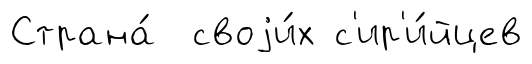
Страна́ своjи́х с'ир'и́йцев